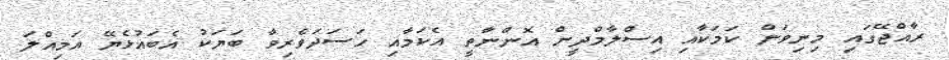
ރާއްޖޭގައި މިނިވަން ކަމަކާއި އިސްލާމްދީން އޮންނާތީ އެކަމާއި ހަސަދަވެރިވާ ބަޔަކު އެބައުޅެޔޭ އަމިއްލަ